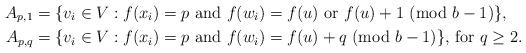
LaTeX: \begin{align*}A_{p,1} &= \{v_i\in V : f(x_i)=p\textup{ and }f(w_i)=f(u)\textup{ or }f(u)+1\textup{ (mod }b-1)\},\\A_{p,q} &= \{v_i\in V : f(x_i)=p\textup{ and }f(w_i)=f(u)+q\textup{ (mod }b-1)\}\textup{, for $q\ge 2$.}\end{align*}